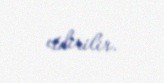
etdirilir.